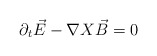
\begin{align*}{\partial}_{t}\vec{E}-{\nabla}X \vec{B}=0\end{align*}